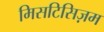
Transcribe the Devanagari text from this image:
मिसटिसिज़म